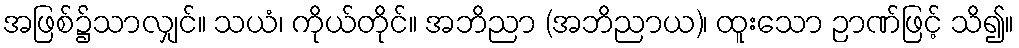
အဖြစ်၌သာလျှင်။ သယံ၊ ကိုယ်တိုင်။ အဘိညာ (အဘိညာယ)၊ ထူးသော ဉာဏ်ဖြင့် သိ၍။